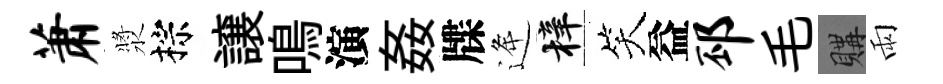
萧漿棕譲鳴演姦牒逄梓笑益邳毛購雨